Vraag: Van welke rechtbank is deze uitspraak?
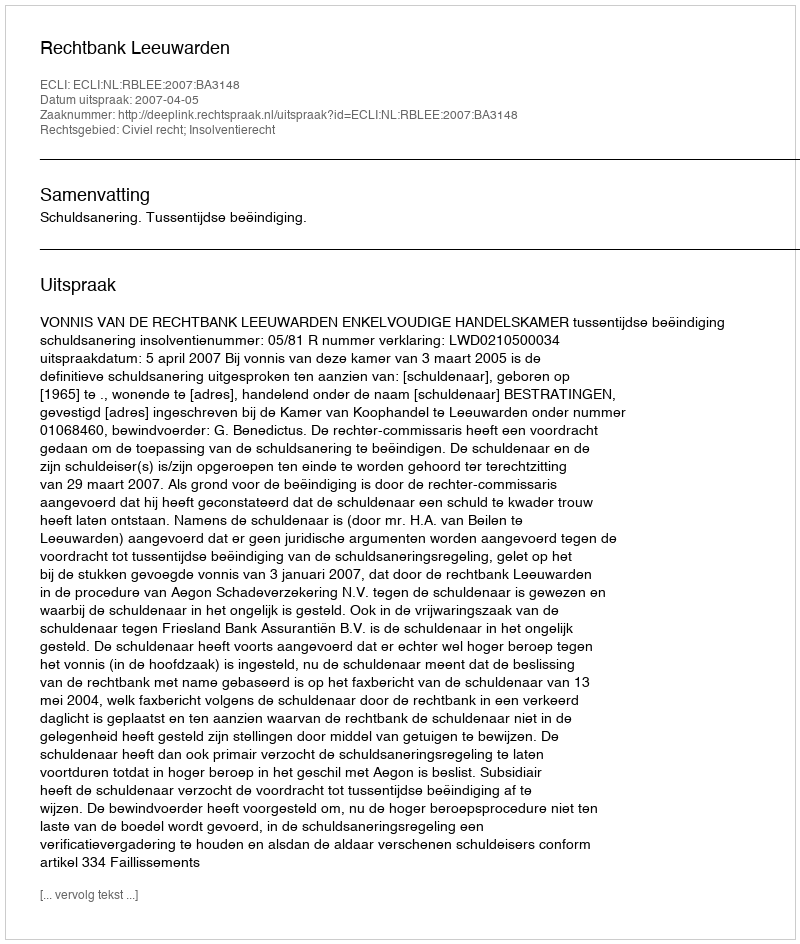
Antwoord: Rechtbank Leeuwarden